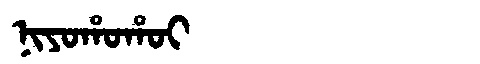
Manchu: ᠨᡳᠶᠣᡥᠣᡥᠣᡳ
Romanization: NIYOHOHOI